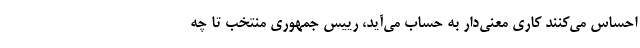
احساس می‌کنند کاری معنی‌دار به حساب می‌آید، رییس جمهوری منتخب تا چه